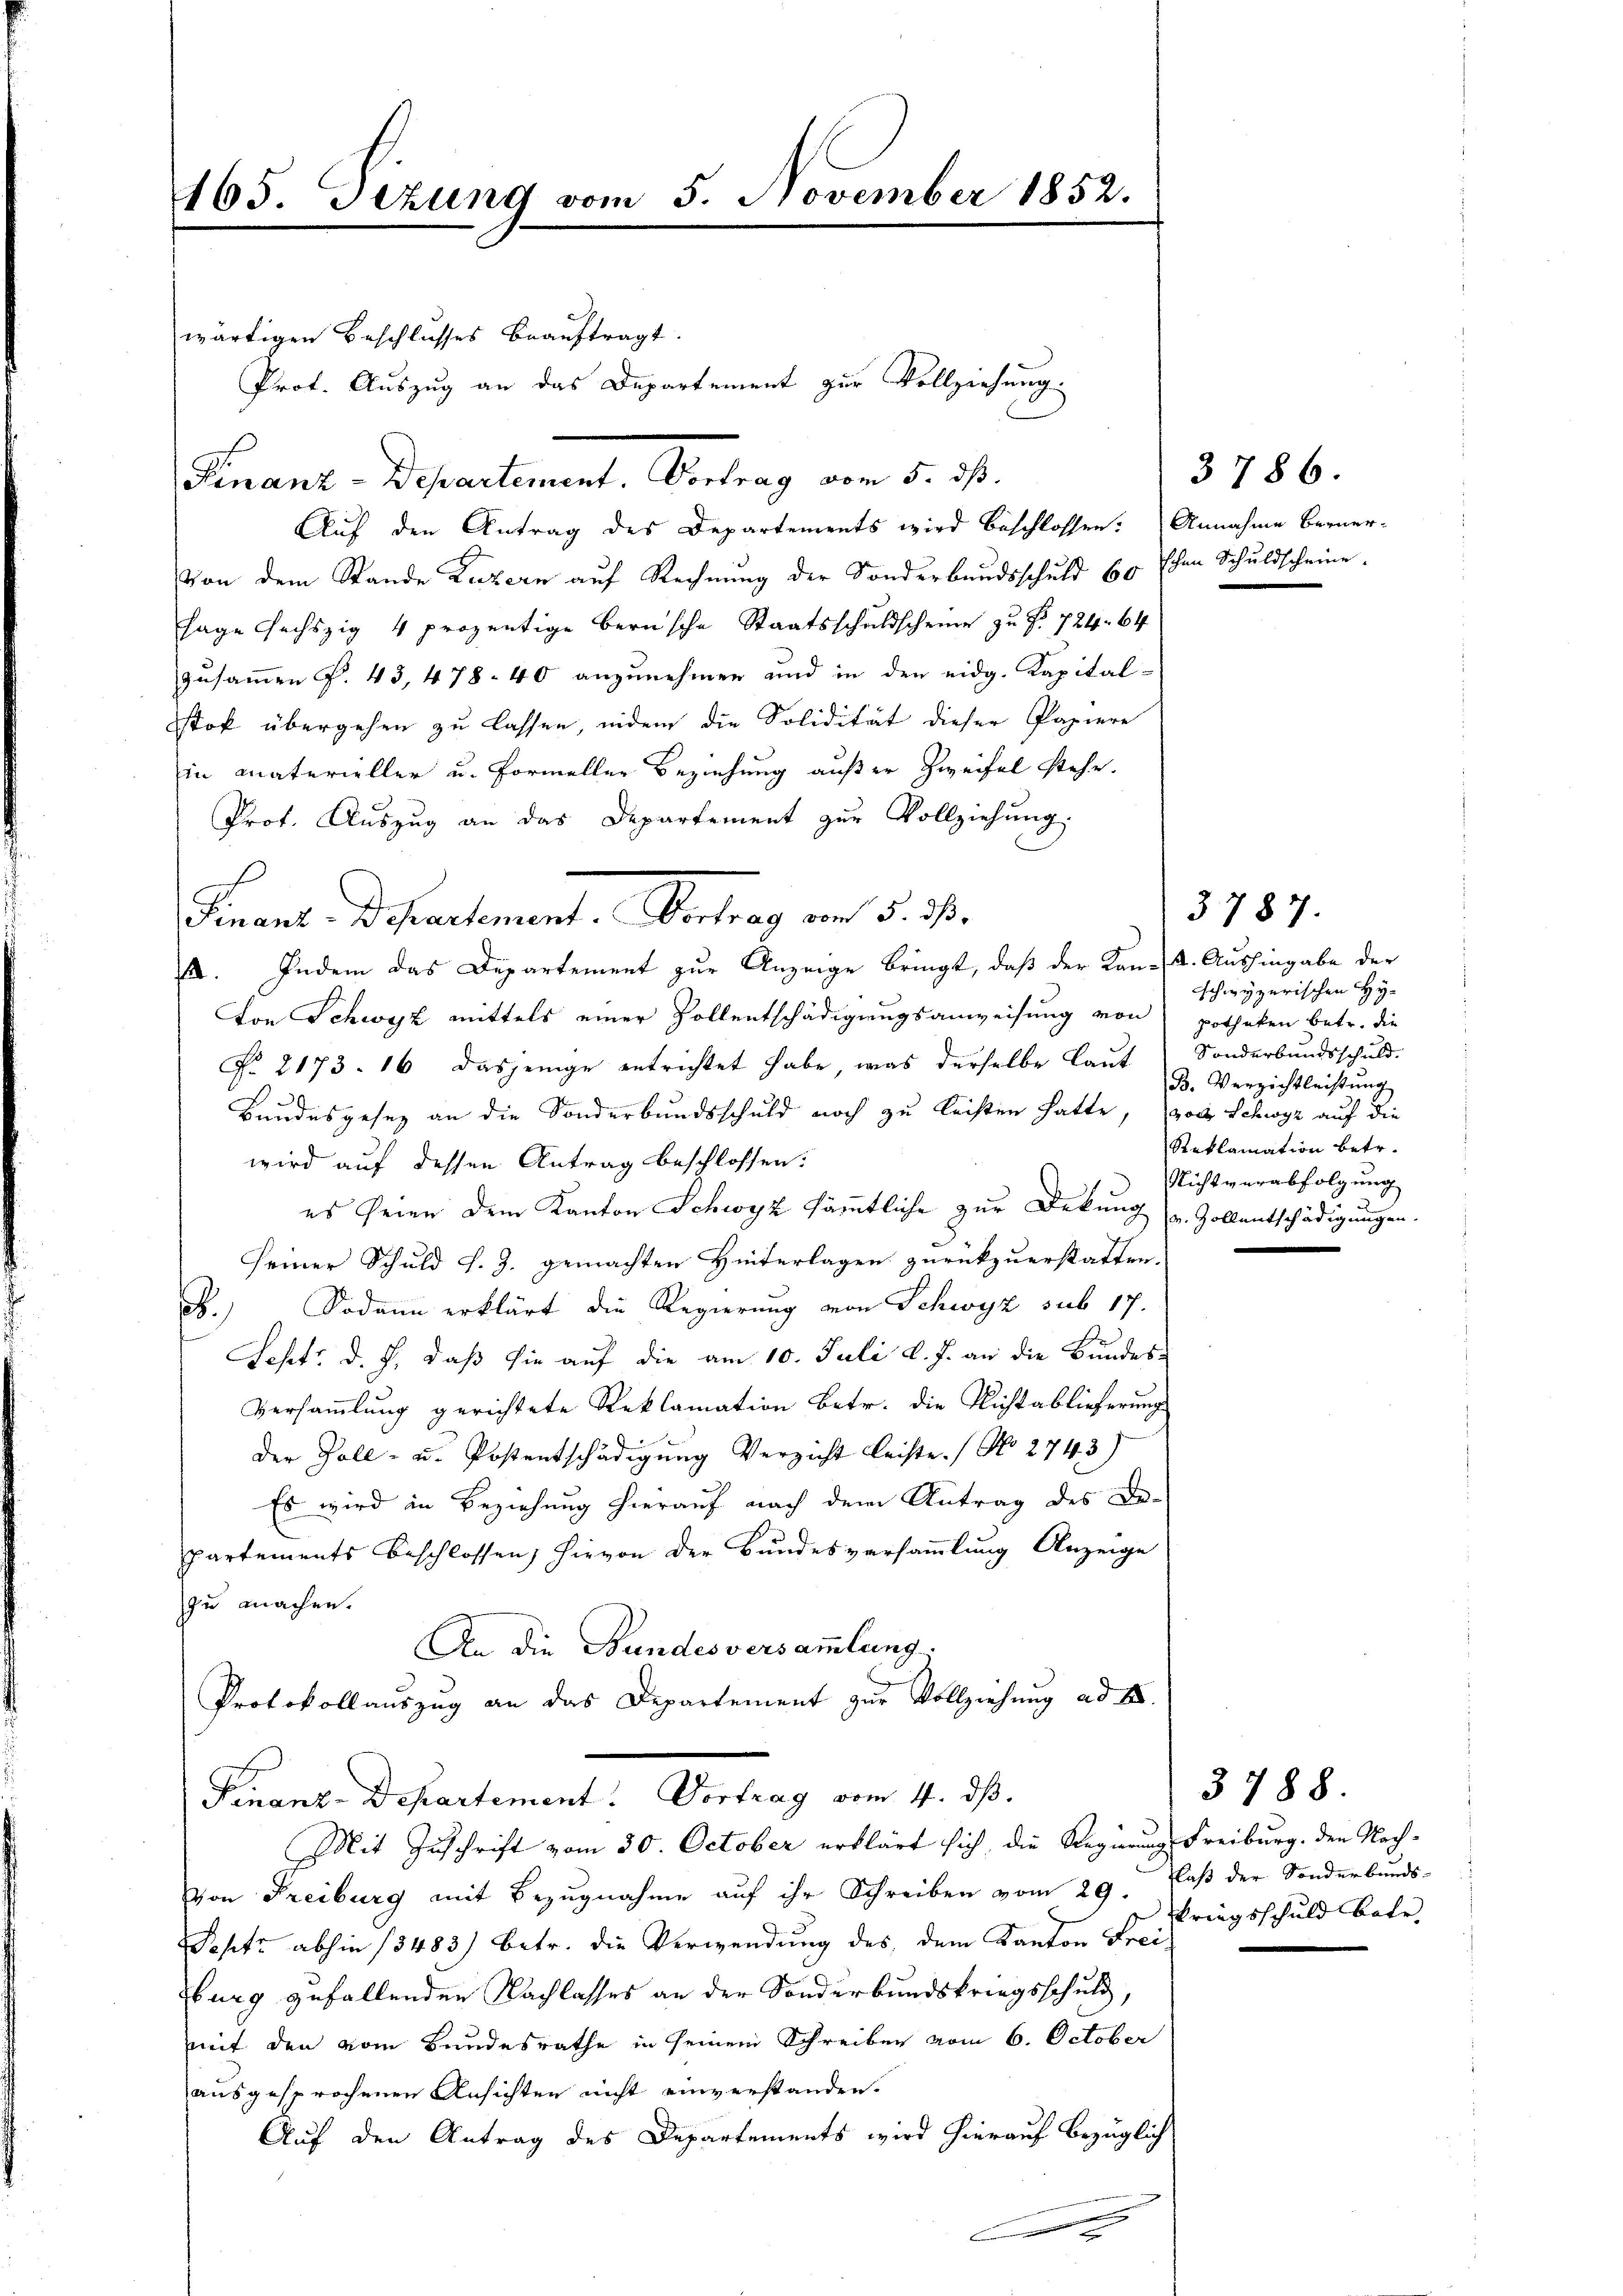
165. Sizung vom 5. November 1852.

wärtigen Beschlusses beauftragt.
Finanz-Departement. Vertrag vom 5. ds.
Auf den Antrag des Departements wird beschlossen: Annahme Berner-
von dem Stande Luzern auf Rechnung der Sonderbandsschuld 60 Ehen Schuldscheine
sage sechszig 4 prozentige Bernsche Staatsschuldscheine zu f. 724. 64
zusammen P. 43, 478. 40 anzunehmen und in den eidg. Kapital-
sstof übergehen zu lassen, indem die Solidität dieser Papiere
in materieller u. Formeller Beziehung außer Zweifel stehe.
Prot. Auszug an das Departement zur Vollziehung.
t
. Indem das Departement zur Anzeige bringt, daß der Kon-A. Aushingabe der
Von Schwyz mittels einer Vollentschädigungsanweisung von potheken betr. die
No. 2173. 16 dasjenige entrichtet habe, was derselbe laut
Bundesgesez an die Sonderbundsschuld noch zu leisten hatte, von Schwyz auf die
wird auf dessen Antrag beschlossen:
es seien dem Kanton Schwyz sämmtliche zur Dekung u. Zollentschädigungen.
seiner Schuld s. Z. gemachten Hinterlagen zurückzuerstatten.
F.) Sodann erklärt die Regierung von Schwyz sub 17.
Sestr. d. J. daß sie auf die am 10. Juli d. J. an die Bundes-
Versammlung gerichtete Reklamation betr. die Nichtablieferung
der Zoll- u. Postentschädigung Verzicht leiste. No 2743)
Es wird in Beziehung hierauf nach dem Antrag des Bepartements Beschlossen hievon der Bundesversammlung Anzeige
zu machen.
An die Bundesversammlung.
Protokoll auszug an das Departement zur Vollziehung ad I.
Firons Departement. Vertrag vom 4. ds.
Mit Zuschrift vom 30. October erklärt sich, die Regierung Freiburg. den Nach-
von Freiburg mit Bezŭgnahme aŭf ihr Schreiben vom 29. Daß der Sonderbunds-
Septe abhin 13483) betr. die Verwendung des dem Kanton Frei¬
Eburg zufallenden Nachlasses an der Sonderbundskriegsschuld,
mit den vom Bundesrathe in seinem Schreiben vom 6. October
ausgesprochenen Ansichten nicht einverstanden.
Auf den Antrag des Departements wird hierauf bezüglich
|

Prot. Auszug an das Departement zur Vollziehung.

Finant. Departement. Vertrag vom 5. d.

3786.

schwyzerischen Hy¬
Sonderbundsschuld.
B. Verzichtleistung
Reklamation betr.
Nichtverabfolgung

3787.

.

kriegsschuld bote

3788